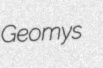
Geomys